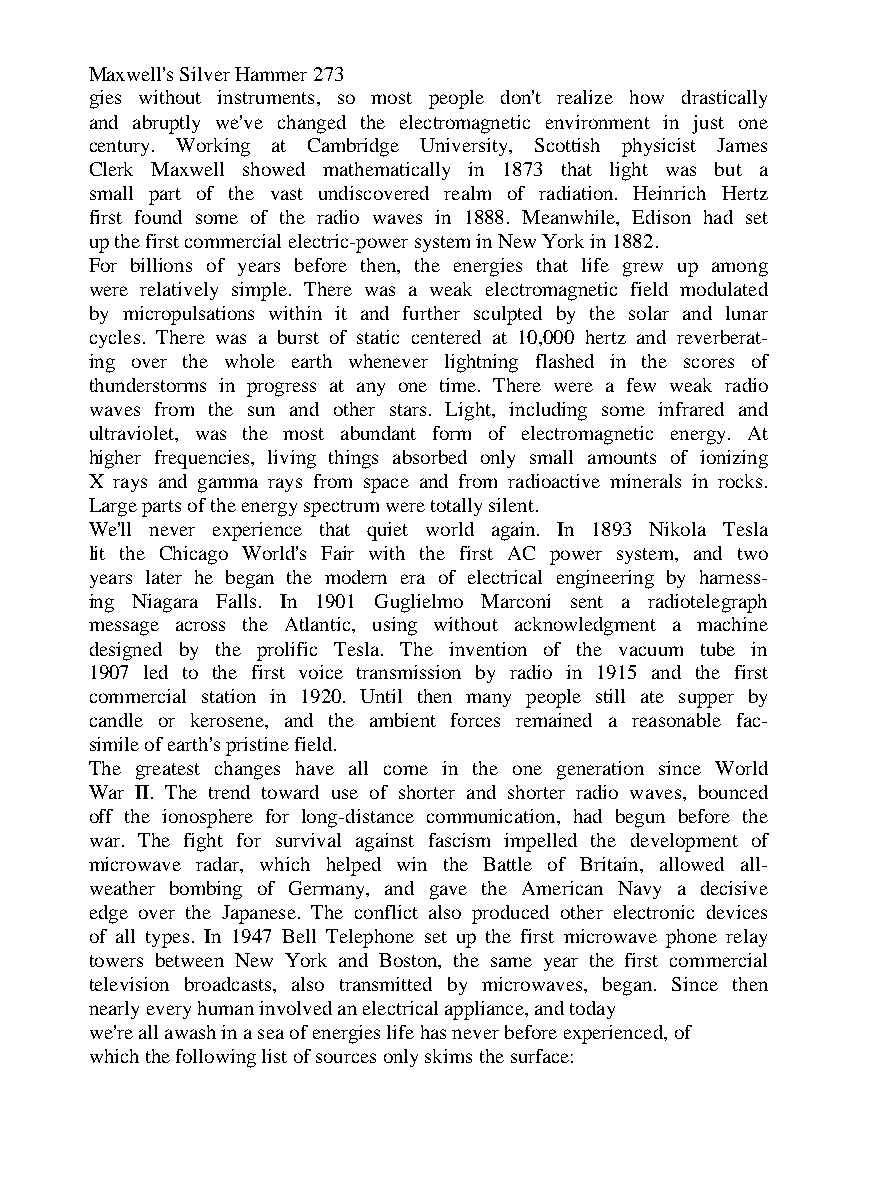
Maxwell's Silver Hammer 273
 gies without instruments, so most people don't realize how drastically
 and abruptly we've changed the electromagnetic environment in just one
 century. Working at Cambridge University, Scottish physicist James
 Clerk Maxwell showed mathematically in 1873 that light was but a
 small part of the vast undiscovered realm of radiation. Heinrich Hertz
 first found some of the radio waves in 1888. Meanwhile, Edison had set
 up the first commercial electric-power system in New York in 1882.
 For billions of years before then, the energies that life grew up among
 were relatively simple. There was a weak electromagnetic field modulated
 by micropulsations within it and further sculpted by the solar and lunar
 cycles. There was a burst of static centered at 10,000 hertz and reverberat-
 ing over the whole earth whenever lightning flashed in the scores of
 thunderstorms in progress at any one time. There were a few weak radio
 waves from the sun and other stars. Light, including some infrared and
 ultraviolet, was the most abundant form of electromagnetic energy. At
 higher frequencies, living things absorbed only small amounts of ionizing
 X rays and gamma rays from space and from radioactive minerals in rocks.
 Large parts of the energy spectrum were totally silent.
 We'll never experience that quiet world again. In 1893 Nikola Tesla
 lit the Chicago World's Fair with the first AC power system, and two
 years later he began the modern era of electrical engineering by harness-
 ing Niagara Falls. In 1901 Guglielmo Marconi sent a radiotelegraph
 message across the Atlantic, using without acknowledgment a machine
 designed by the prolific Tesla. The invention of the vacuum tube in
 1907 led to the first voice transmission by radio in 1915 and the first
 commercial station in 1920. Until then many people still ate supper by
 candle or kerosene, and the ambient forces remained a reasonable fac-
 simile of earth's pristine field.
 The greatest changes have all come in the one generation since World
 War II. The trend toward use of shorter and shorter radio waves, bounced
 off the ionosphere for long-distance communication, had begun before the
 war. The fight for survival against fascism impelled the development of
 microwave radar, which helped win the Battle of Britain, allowed all-
 weather bombing of Germany, and gave the American Navy a decisive
 edge over the Japanese. The conflict also produced other electronic devices
 of all types. In 1947 Bell Telephone set up the first microwave phone relay
 towers between New York and Boston, the same year the first commercial
 television broadcasts, also transmitted by microwaves, began. Since then
 nearly every human involved an electrical appliance, and today
 we're all awash in a sea of energies life has never before experienced, of
 which the following list of sources only skims the surface: